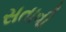
સતાવી